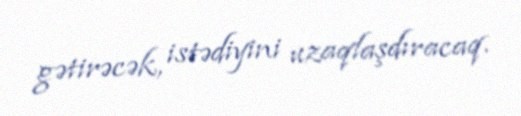
gətirəcək, istədiyini uzaqlaşdıracaq.